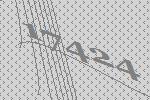
17424